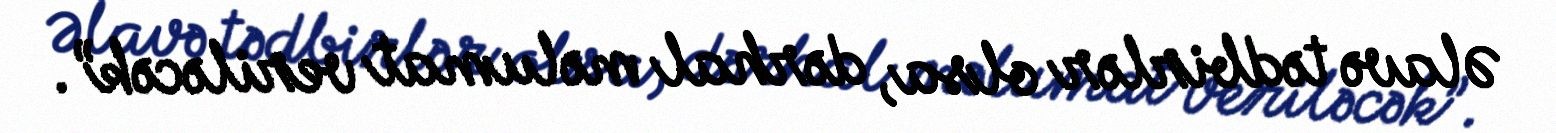
Əlavə tədbirlər olsa, dərhal məlumat veriləcək”.